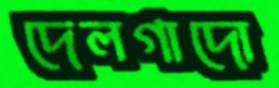
দেলগাদো